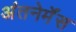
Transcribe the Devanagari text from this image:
अंतनेर्मेंस